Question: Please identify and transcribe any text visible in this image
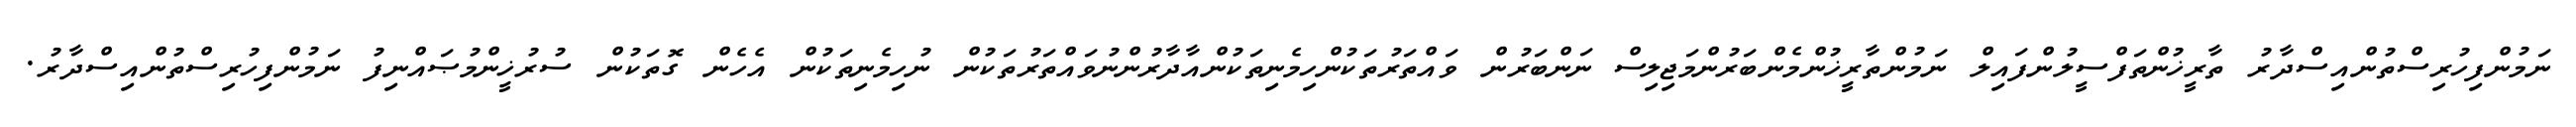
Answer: ނަމުންފިހުރިސްތުންއިސްދާރު ތާރީޚުންތަފްސީލުންފައިލް ނަމުންތާރީޚުންމެންބަރުންމަޖިލިސް ނަންބަރުން ވައްތަރުތަކުންހިމެނިތަކުންއާދާރުންނުވައްތަރުތަކުން ނުހިމެނިތަކުން އެހެން ގޮތަކުން ސުރުޚީންމުޞައްނިފު ނަމުންފިހުރިސްތުންއިސްދާރު.